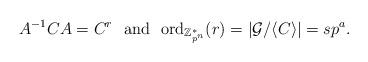
LaTeX: \begin{align*} A^{-1}CA=C^r~~\mbox{and}~~ {\rm ord}_{{\Bbb Z}_{p^n}^*}(r)=|{\cal G}/\langle C\rangle|=sp^a.\end{align*}